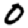
Digit: 0